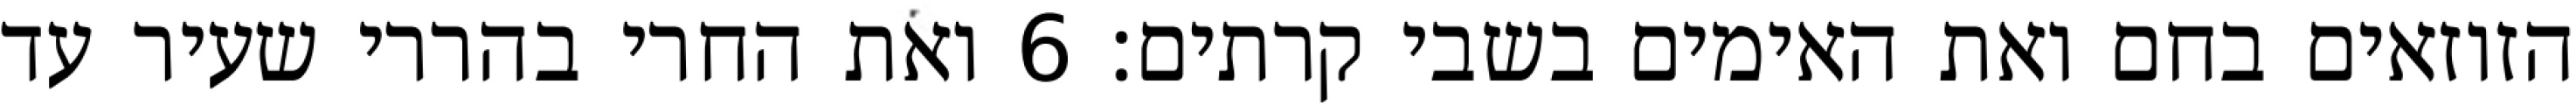
הזוזאים בחם ואת האימים בשבי קרתים׃ ‎6‏ ואת החרי בהררי שעיר עד